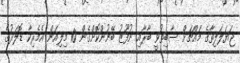
ޖަޔަލަލިތާގެ މައްޗަށް ސާބިތުވީ ބާރާއި ނުފޫޒު ބޭނުންކޮށްގެން 10 މިލިއަން އެމެރިކާ ޑޮލަރުގެ